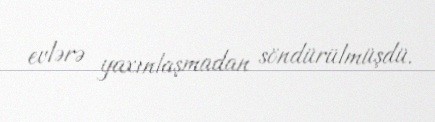
evlərə yaxınlaşmadan söndürülmüşdü.